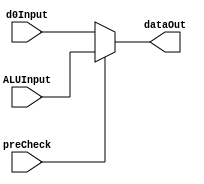
module addrInputMux(preCheck, ALUInput, d0Input, dataOut);
	input wire preCheck;
	input wire [31:0] ALUInput, d0Input;
	
	output reg [31:0] dataOut;
	
	always @* begin
		if (preCheck) //input addr should be from ALU
			dataOut = ALUInput;
		else //input is directly from D0 port
			dataOut = d0Input;
	end

	
endmodule